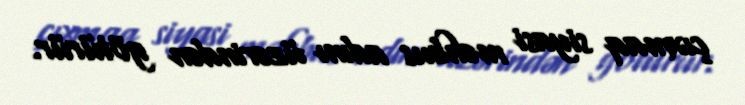
çıxmaq siyasi məhbus adını üzərindən götürür.